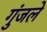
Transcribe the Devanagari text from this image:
गुंजले